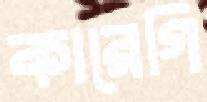
কারেগি